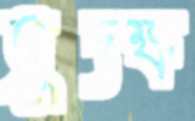
সুদক্ষ